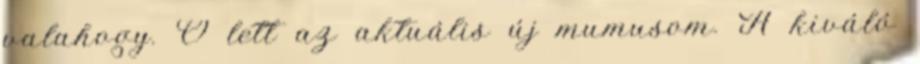
valahogy. Ő lett az aktuális új mumusom. A kiváló